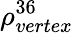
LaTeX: \rho_{vertex}^{36}